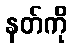
နတ်ကို